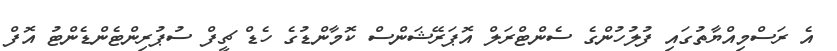
އެ ރަސްމިއްޔާތުގައި ފުލުހުންގެ ސެންޓްރަލް އޮޕަރޭޝަންސް ކޮމާންޑުގެ ހެޑް ޗީފް ސުޕުރިންޓެންޑެންޓު އޮފް